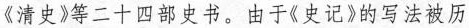
《清史》等二十四部史书。由于《史记》的写法被历